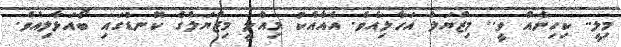
މިލީ.. ކިހިނެއް ވީ.. މިޒްޔަލް އަހާލިއެވެ. އެއާއެކު މިއްލީ މިޒްޔަލްގެ ކޮނޑުގައި ބޯއަޅާލިއެވެ.